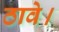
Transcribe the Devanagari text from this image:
ठावे।